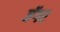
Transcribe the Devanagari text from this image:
जॅगर